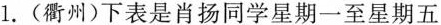
1.(衢州)下表是肖扬同学星期一至星期五